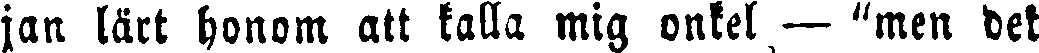
jan lärt honom att kalla mig onkel — "men dek